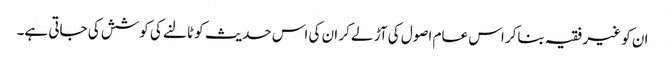
ان کو غیر فقیہ بناکر اس عام اصول کی آڑ لے کر ان کی اس حدیث کو ٹالنے کی کوشش کی جاتی ہے۔